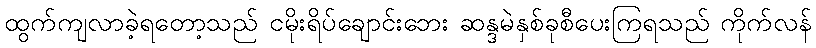
ထွက်ကျလာခဲ့ရတော့သည် ငမိုးရိပ်ချောင်းဘေး ဆန္ဒမဲနှစ်ခုစီပေးကြရသည် ကိုက်လန်